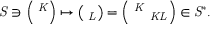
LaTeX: \it S \ni \left( \phi ^ { K } \right) \mapsto \left( \phi _ { L } \right) = \left( \phi ^ { K } \, \epsilon _ { K L } \right) \in { \it S } ^ { * } .